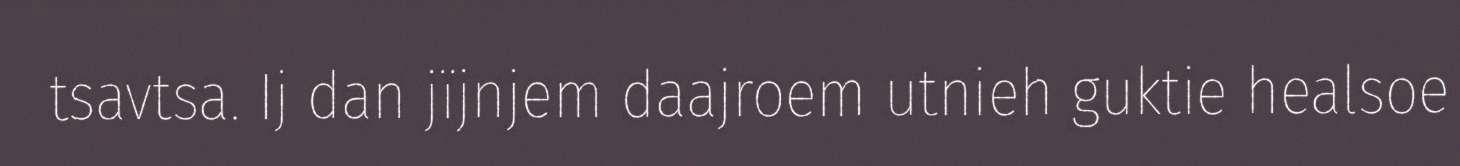
tsavtsa. Ij dan jïjnjem daajroem utnieh guktie healsoe